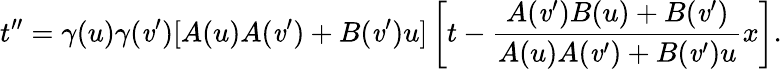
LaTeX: t^{\prime\prime}=\gamma(u)\gamma(\mathit{v}^{\prime})[A(u)A(\mathit{v}^{\prime})+B(\mathit{v}^{\prime})u]\left[t-\frac{{A(\mathit{v}^{\prime})B(u)+B(\mathit{v}^{\prime})}}{{A(u)A(\mathit{v}^{\prime})+B(\mathit{v}^{\prime})u}}x\right].